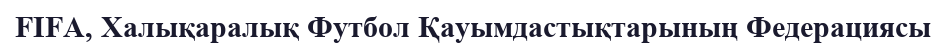
FIFA, Халықаралық Футбол Қауымдастықтарының Федерациясы